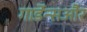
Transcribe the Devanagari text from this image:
गार्डेन्सऔर